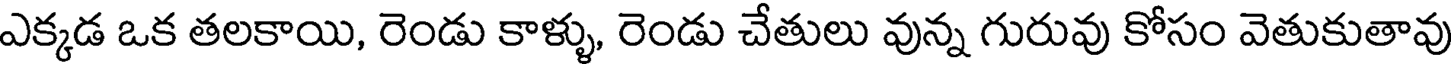
ఎక్కడ ఒక తలకాయి, రెండు కాళ్ళు, రెండు చేతులు వున్న గురువు కోసం వెతుకుతావు